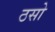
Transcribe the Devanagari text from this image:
ठसो